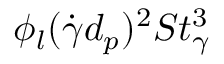
\phi _ { l } ( \dot { \gamma } d _ { p } ) ^ { 2 } S t _ { \gamma } ^ { 3 }